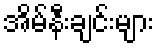
အိမ်နီးချင်းများ